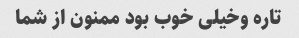
تاره وخیلی خوب بود ممنون از شما